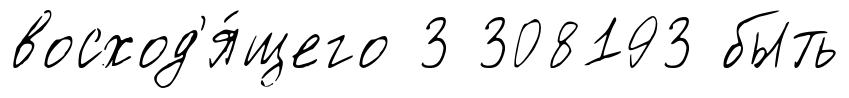
восход'я́щего 3 308193 быть